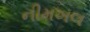
નીમખલ